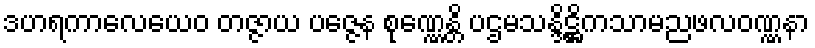
ဒဟရကာလေယေဝ တဇ္ဇာယ ပဇ္ဇေန စုဏ္ဏေန္တိ ပဌမသန္ဒိဋ္ဌိကသာမညဖလဝဏ္ဏနာ